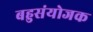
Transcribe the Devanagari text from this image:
बहुसंयोजक